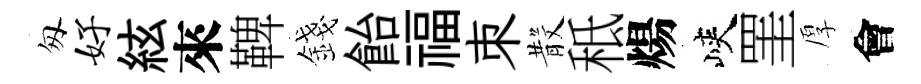
匆好絃來鞞錢飴福朿𣪚秪煬峽罣厚會